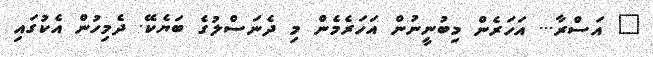
" އަސްރާ... އަހަރެން މިބުނީނުން އަހަރެމެން މި ދެނަސްލުގެ ބަޔެކޭ. ދެމިހުން އެކުގައި